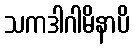
သကဒါဂါမိနာပိ